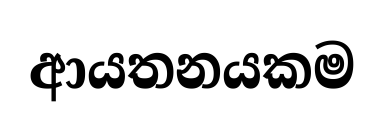
ආයතනයකම